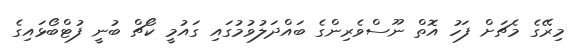
މިރޭގެ މެޗަށް ފަހު އޮތް ނޫސްވެރިންގެ ބައްދަލުވުމުގައި ގައުމީ ކޯޗް ބުނީ ފުޓްބޯޅައިގެ